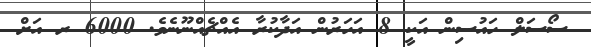
ސޯސަލް ހައުސިން އަކީ 8 އަހަރުން އަދާކުރާ އެއްޗެއްނޫނެވެ. 6000 ރ އަށް